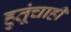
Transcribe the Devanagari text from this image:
हुतूंचाही